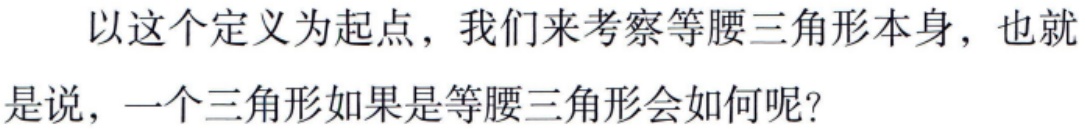
以这个定义为起点，我们来考察等腰三角形本身，也就是说，一个三角形如果是等腰三角形会如何呢？